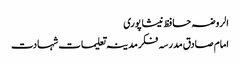
الروضہ حافظ نیشاپوری
امام صادق مدرسہ فکر مدینہ تعلیمات شہادت